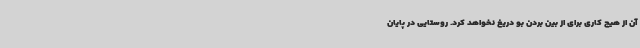
آن از هیچ کاری برای از بین بردن بو دریغ نخواهد کرد. روستایی در پایان